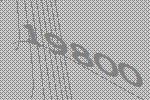
19800